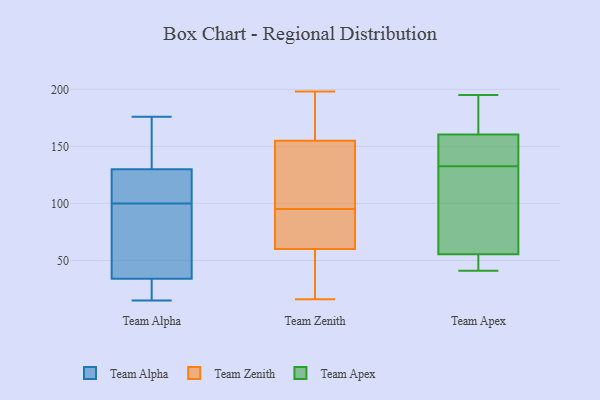
{"axis": {"x": "Conversion Rate (%)", "y": "Value"}, "legend": ["Team Alpha", "Team Apex", "Team Zenith"], "data": [{"x": "", "y": 121, "type": "Team Alpha"}, {"x": "", "y": 116, "type": "Team Alpha"}, {"x": "", "y": 133, "type": "Team Alpha"}, {"x": "", "y": 30, "type": "Team Alpha"}, {"x": "", "y": 25, "type": "Team Alpha"}, {"x": "", "y": 176, "type": "Team Alpha"}, {"x": "", "y": 50, "type": "Team Alpha"}, {"x": "", "y": 146, "type": "Team Alpha"}, {"x": "", "y": 162, "type": "Team Alpha"}, {"x": "", "y": 43, "type": "Team Alpha"}, {"x": "", "y": 107, "type": "Team Alpha"}, {"x": "", "y": 23, "type": "Team Alpha"}, {"x": "", "y": 15, "type": "Team Alpha"}, {"x": "", "y": 79, "type": "Team Alpha"}, {"x": "", "y": 157, "type": "Team Alpha"}, {"x": "", "y": 103, "type": "Team Alpha"}, {"x": "", "y": 100, "type": "Team Alpha"}, {"x": "", "y": 31, "type": "Team Alpha"}, {"x": "", "y": 68, "type": "Team Alpha"}, {"x": "", "y": 50, "type": "Team Zenith"}, {"x": "", "y": 65, "type": "Team Zenith"}, {"x": "", "y": 198, "type": "Team Zenith"}, {"x": "", "y": 139, "type": "Team Zenith"}, {"x": "", "y": 187, "type": "Team Zenith"}, {"x": "", "y": 60, "type": "Team Zenith"}, {"x": "", "y": 44, "type": "Team Zenith"}, {"x": "", "y": 183, "type": "Team Zenith"}, {"x": "", "y": 154, "type": "Team Zenith"}, {"x": "", "y": 18, "type": "Team Zenith"}, {"x": "", "y": 78, "type": "Team Zenith"}, {"x": "", "y": 103, "type": "Team Zenith"}, {"x": "", "y": 61, "type": "Team Zenith"}, {"x": "", "y": 87, "type": "Team Zenith"}, {"x": "", "y": 196, "type": "Team Zenith"}, {"x": "", "y": 16, "type": "Team Zenith"}, {"x": "", "y": 155, "type": "Team Zenith"}, {"x": "", "y": 140, "type": "Team Zenith"}, {"x": "", "y": 54, "type": "Team Apex"}, {"x": "", "y": 183, "type": "Team Apex"}, {"x": "", "y": 84, "type": "Team Apex"}, {"x": "", "y": 146, "type": "Team Apex"}, {"x": "", "y": 167, "type": "Team Apex"}, {"x": "", "y": 57, "type": "Team Apex"}, {"x": "", "y": 136, "type": "Team Apex"}, {"x": "", "y": 149, "type": "Team Apex"}, {"x": "", "y": 126, "type": "Team Apex"}, {"x": "", "y": 167, "type": "Team Apex"}, {"x": "", "y": 41, "type": "Team Apex"}, {"x": "", "y": 154, "type": "Team Apex"}, {"x": "", "y": 50, "type": "Team Apex"}, {"x": "", "y": 191, "type": "Team Apex"}, {"x": "", "y": 195, "type": "Team Apex"}, {"x": "", "y": 146, "type": "Team Apex"}, {"x": "", "y": 50, "type": "Team Apex"}, {"x": "", "y": 129, "type": "Team Apex"}, {"x": "", "y": 49, "type": "Team Apex"}, {"x": "", "y": 82, "type": "Team Apex"}]}